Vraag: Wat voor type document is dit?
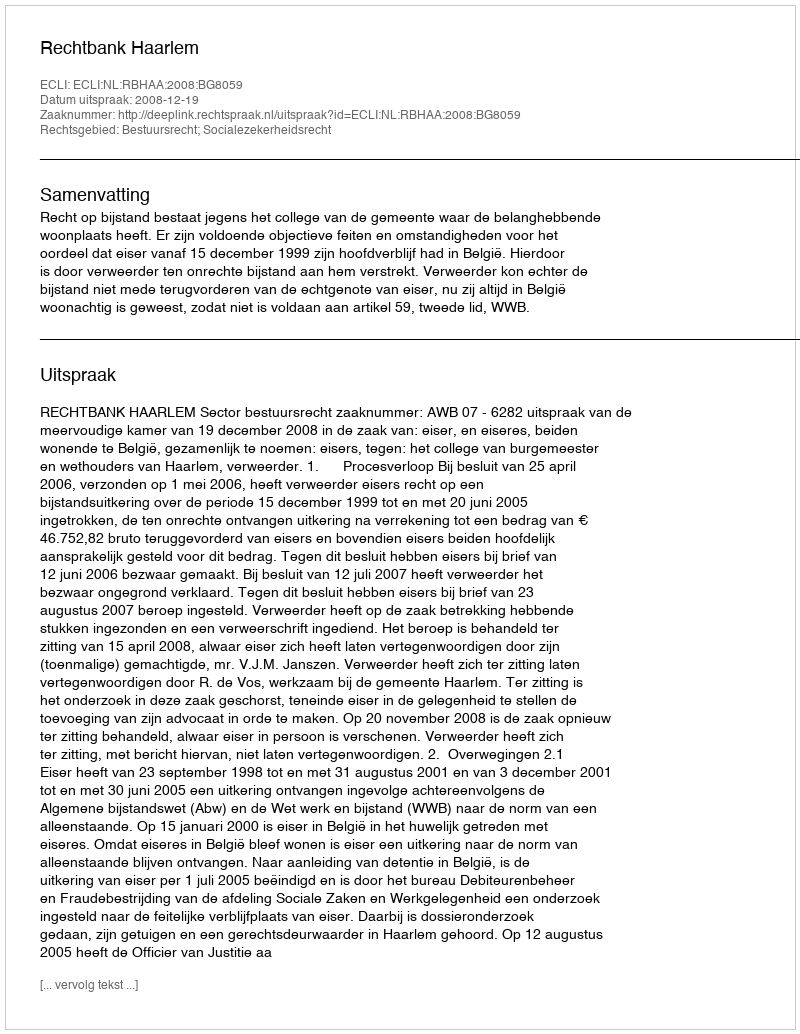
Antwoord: Uitspraak